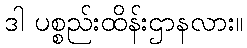
ဒါ ပစ္စည်းထိန်းဌာနလား။